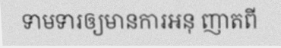
ទាមទារឲ្យមានការអនុ ញាតពី